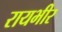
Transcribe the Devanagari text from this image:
रायभीर